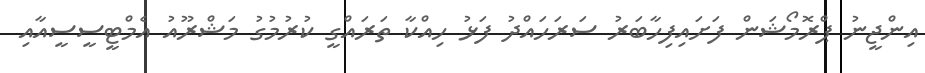
އިންޖީނު ޕްރޮމޯޝަން ފަށައިފިހާބަރު ސަރަހައްދު ފަޅު ހިއްކާ ތަރައްގީ ކުރުމުގު މަޝްރޫއު އެމްޓީސީސީއާއި